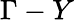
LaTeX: \Gamma-Y